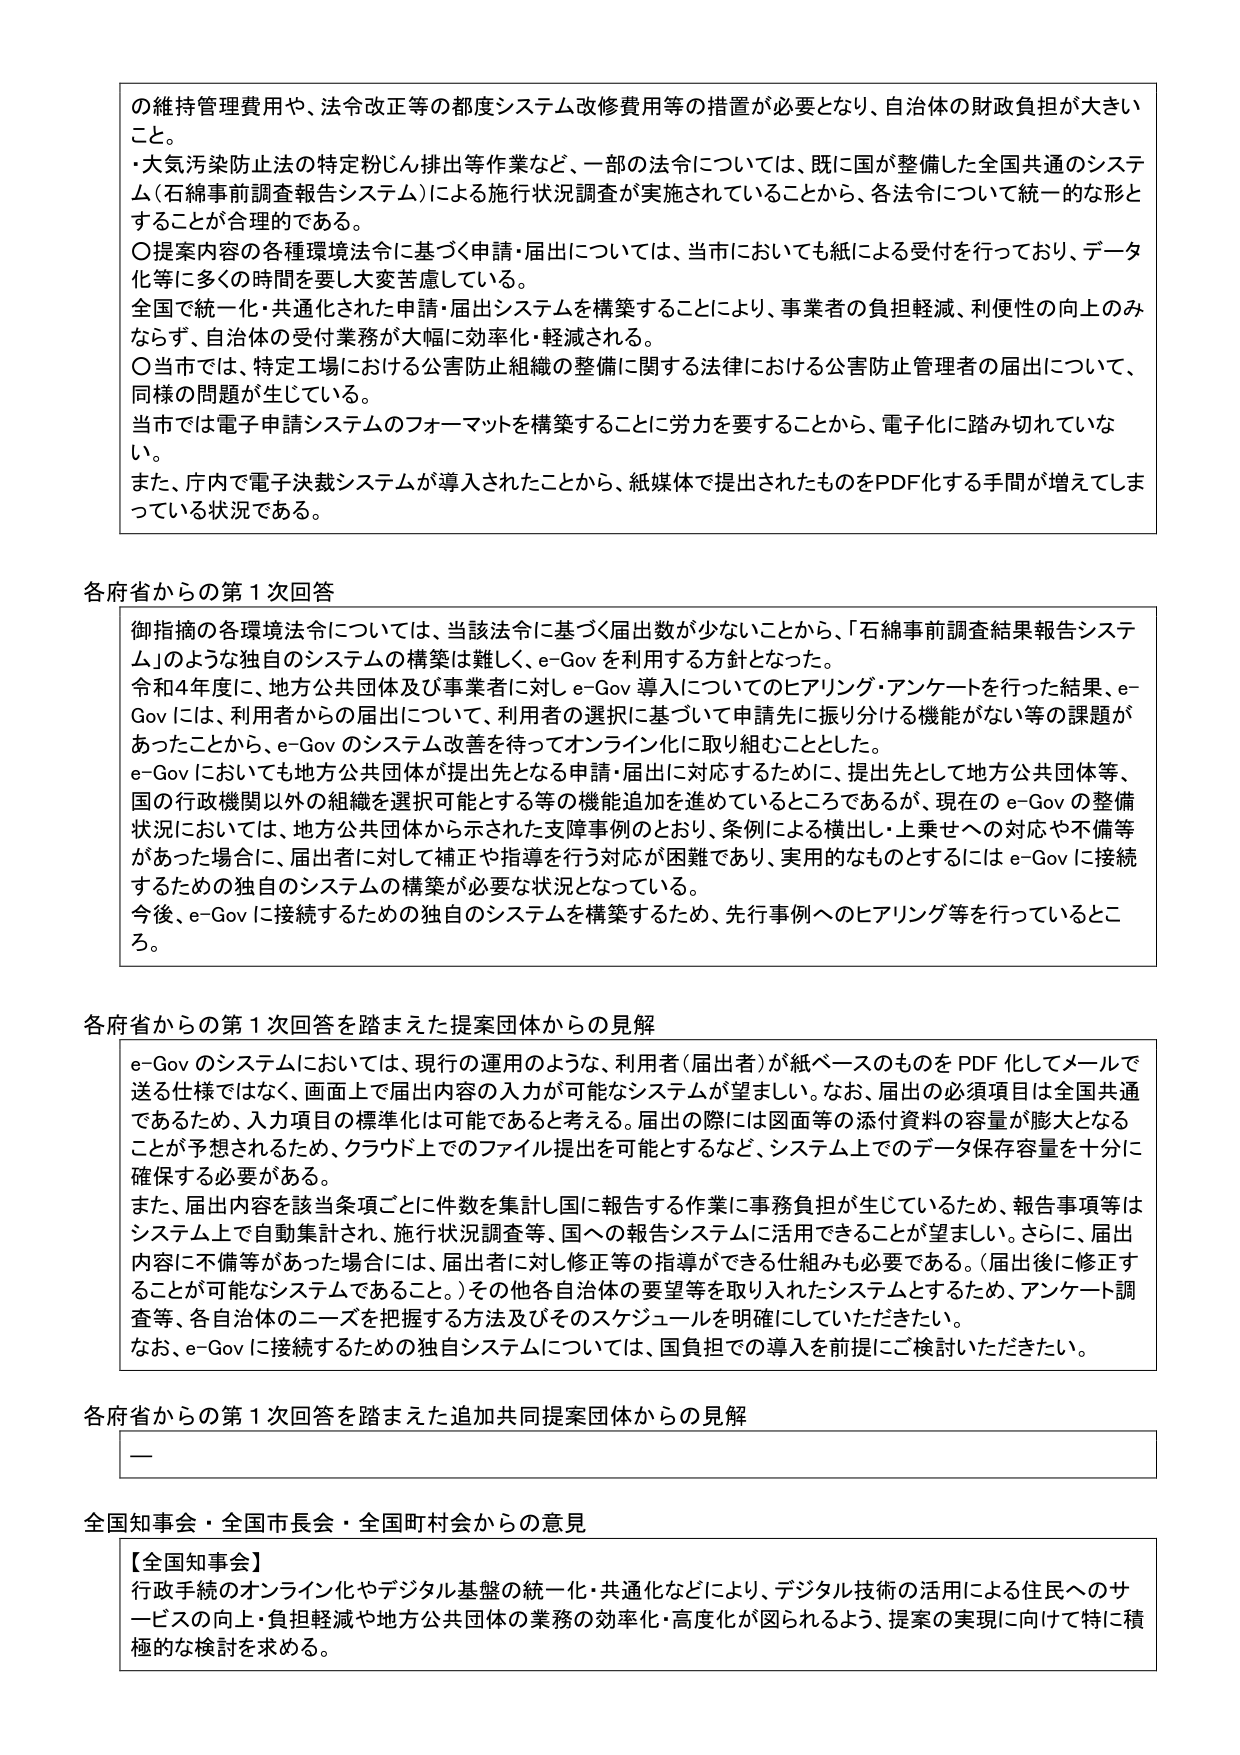
の維持管理費用や、法令改正等の都度システム改修費用等の措置が必要となり、自治体の財政負担が大きいこと。
・大気汚染防止法の特定粉じん排出等作業など、一部の法令については、既に国が整備した全国共通のシステム（石綿事前調査報告システム）による施行状況調査が実施されていることから、各法令について統一的な形とすることが合理的である。
〇提案内容の各種環境法令に基づく申請・届出については、当市においても紙による受付を行っており、データ化等に多くの時間を要し大変苦慮している。
全国で統一化・共通化された申請・届出システムを構築することにより、事業者の負担軽減、利便性の向上のみならず、自治体の受付業務が大幅に効率化・軽減される。
〇当市では、特定工場における公害防止組織の整備に関する法律における公害防止管理者の届出について、同様の問題が生じている。
当市では電子申請システムのフォーマットを構築することに労力を要することから、電子化に踏み切れていない。
また、庁内で電子決裁システムが導入されたことから、紙媒体で提出されたものをPDF化する手間が増えてしまっている状況である。

各府省からの第1次回答
御指摘の各環境法令については、当該法令に基づく届出数が少ないことから、「石綿事前調査結果報告システム」のような独自のシステムの構築は難しく、e-Govを利用する方針となった。
令和4年度に、地方公共団体及び事業者に対しe-Gov導入についてのヒアリング・アンケートを行った結果、e-Govには、利用者からの届出について、利用者の選択に基づいて申請先に振り分ける機能がない等の課題があったことから、e-Govのシステム改善を待ってオンライン化に取り組むこととした。
e-Govにおいても地方公共団体が提出先となる申請・届出に対応するために、提出先として地方公共団体等、国の行政機関以外の組織を選択可能とする等の機能追加を進めているところであるが、現在のe-Govの整備状況においては、地方公共団体から示された支障事例のとおり、条例による横出し・上乗せへの対応や不備等があった場合に、届出者に対して補正や指導を行う対応が困難であり、実用的なものとするにはe-Govに接続するための独自のシステムの構築が必要な状況となっている。
今後、e-Govに接続するための独自のシステムを構築するため、先行事例へのヒアリング等を行っているところ。

各府省からの第1次回答を踏まえた提案団体からの見解
e-Govのシステムにおいては、現行の運用のような、利用者（届出者）が紙ベースのものをPDF化してメールで送る仕様ではなく、画面上で届出内容の入力が可能なシステムが望ましい。なお、届出の必須項目は全国共通であるため、入力項目の標準化は可能であると考える。届出の際には図面等の添付資料の容量が膨大となることが予想されるため、クラウド上でのファイル提出を可能とするなど、システム上でのデータ保存容量を十分に確保する必要がある。
また、届出内容を該当条項ごとに件数を集計し国に報告する作業に事務負担が生じているため、報告事項等はシステム上で自動集計され、施行状況調査等、国への報告システムに活用できることが望ましい。さらに、届出内容に不備等があった場合には、届出者に対し修正等の指導ができる仕組みも必要である。（届出後に修正することが可能なシステムであること。）その他各自治体の要望等を取り入れたシステムとするため、アンケート調査等、各自治体のニーズを把握する方法及びそのスケジュールを明確にしていただきたい。
なお、e-Govに接続するための独自システムについては、国負担での導入を前提にご検討いただきたい。

各府省からの第1次回答を踏まえた追加共同提案団体からの見解
ー

全国知事会・全国市長会・全国町村会からの意見
【全国知事会】
行政手続のオンライン化やデジタル基盤の統一・共通化などにより、デジタル技術の活用による住民へのサービスの向上・負担軽減や地方公共団体の業務の効率化・高度化が図られるよう、提案の実現に向けて特に積極的な検討を求める。